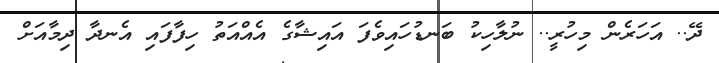
ދޭ.. އަހަރެން މިހުރީ.. ނުލާހިކު ބަނޑުހައިވެފަ އައިޝާގެ އެއްއަތު ހިފާފައި އެނދާ ދިމާއަށް